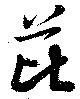
芘